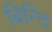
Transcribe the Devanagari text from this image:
बिन्दि